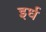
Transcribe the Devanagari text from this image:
इर्ध